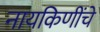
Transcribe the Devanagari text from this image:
नायकिणींचे